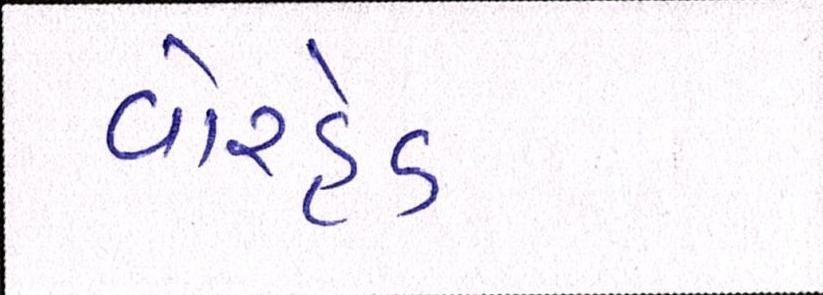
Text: વોરહેડ